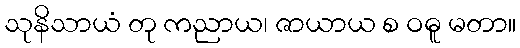
သုနိသာယံ တု ကညာယ၊ ဇာယာယ စ ဝဓူ မတာ။